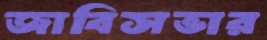
জাবিসভার